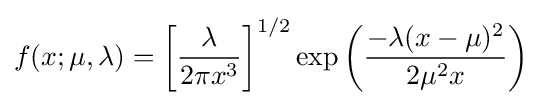
f(x;\mu ,\lambda )=\left[{\frac {\lambda }{2\pi x^{3}}}\right]^{1/2}\exp {\left({\frac {-\lambda (x-\mu )^{2}}{2\mu ^{2}x}}\right)}